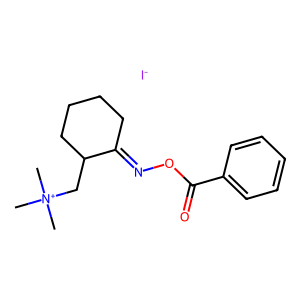
SMILES: C[N+](C)(C)CC1CCCCC1=NOC(=O)c1ccccc1.[I-]
Inhibits HIV replication: No